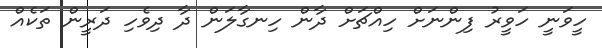
ހީވަނީ ހަވީރު ފިންނަށް ހިއްޗަށް ދާން ހިނގާލަން ދާ ދިވެހި ދަރީން ތަކެއް